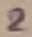
Text: 2